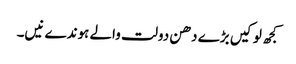
کجھ لوکیں بڑے دھن دولت والے ہوندے نیں۔